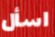
اسأل